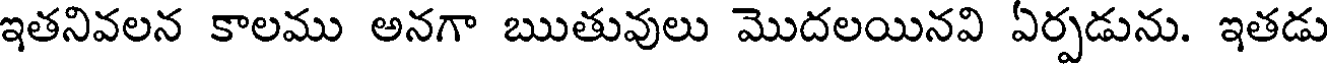
ఇతనివలన కాలము అనగా ఋతువులు మొదలయినవి ఏర్పడును. ఇతడు